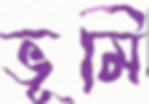
ভূমি